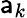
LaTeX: \mathsf{a}_{k}